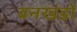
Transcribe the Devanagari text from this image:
बनखंडो